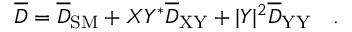
\overline { { { D } } } = \overline { { { D } } } _ { \mathrm { S M } } + X Y ^ { * } \overline { { { D } } } _ { \mathrm { X Y } } + | Y | ^ { 2 } \overline { { { D } } } _ { \mathrm { Y Y } } \quad .